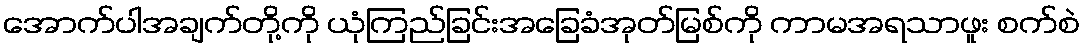
အောက်ပါအချက်တို့ကို ယုံကြည်ခြင်းအခြေခံအုတ်မြစ်ကို ကာမအရသာဖူး စက်စဲ